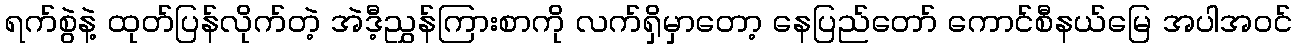
ရက်စွဲနဲ့ ထုတ်ပြန်လိုက်တဲ့ အဲဒီ့ညွှန်ကြားစာကို လက်ရှိမှာတော့ နေပြည်တော် ကောင်စီနယ်မြေ အပါအဝင်